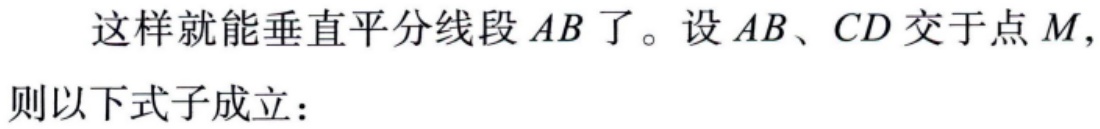
这样就能垂直平分线段 \(AB\) 了。设 \(AB\)、\(CD\) 交于点 \(M\)，则以下式子成立：